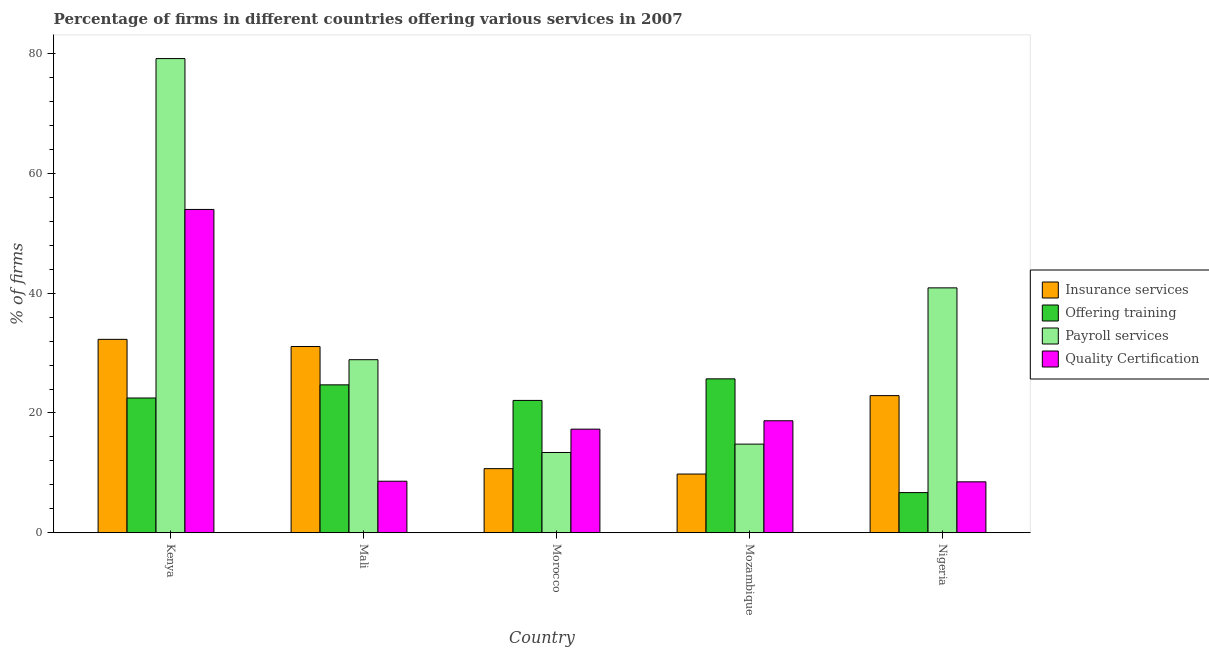
| Country | Insurance services | Offering training | Payroll services | Quality Certification |
 | --- | --- | --- | --- | --- |
 | Kenya | 32.3 | 22.5 | 79.2 | 54 |
 | Mali | 31.1 | 24.7 | 28.9 | 8.6 |
 | Morocco | 10.7 | 22.1 | 13.4 | 17.3 |
 | Mozambique | 9.8 | 25.7 | 14.8 | 18.7 |
 | Nigeria | 22.9 | 6.7 | 40.9 | 8.5 |